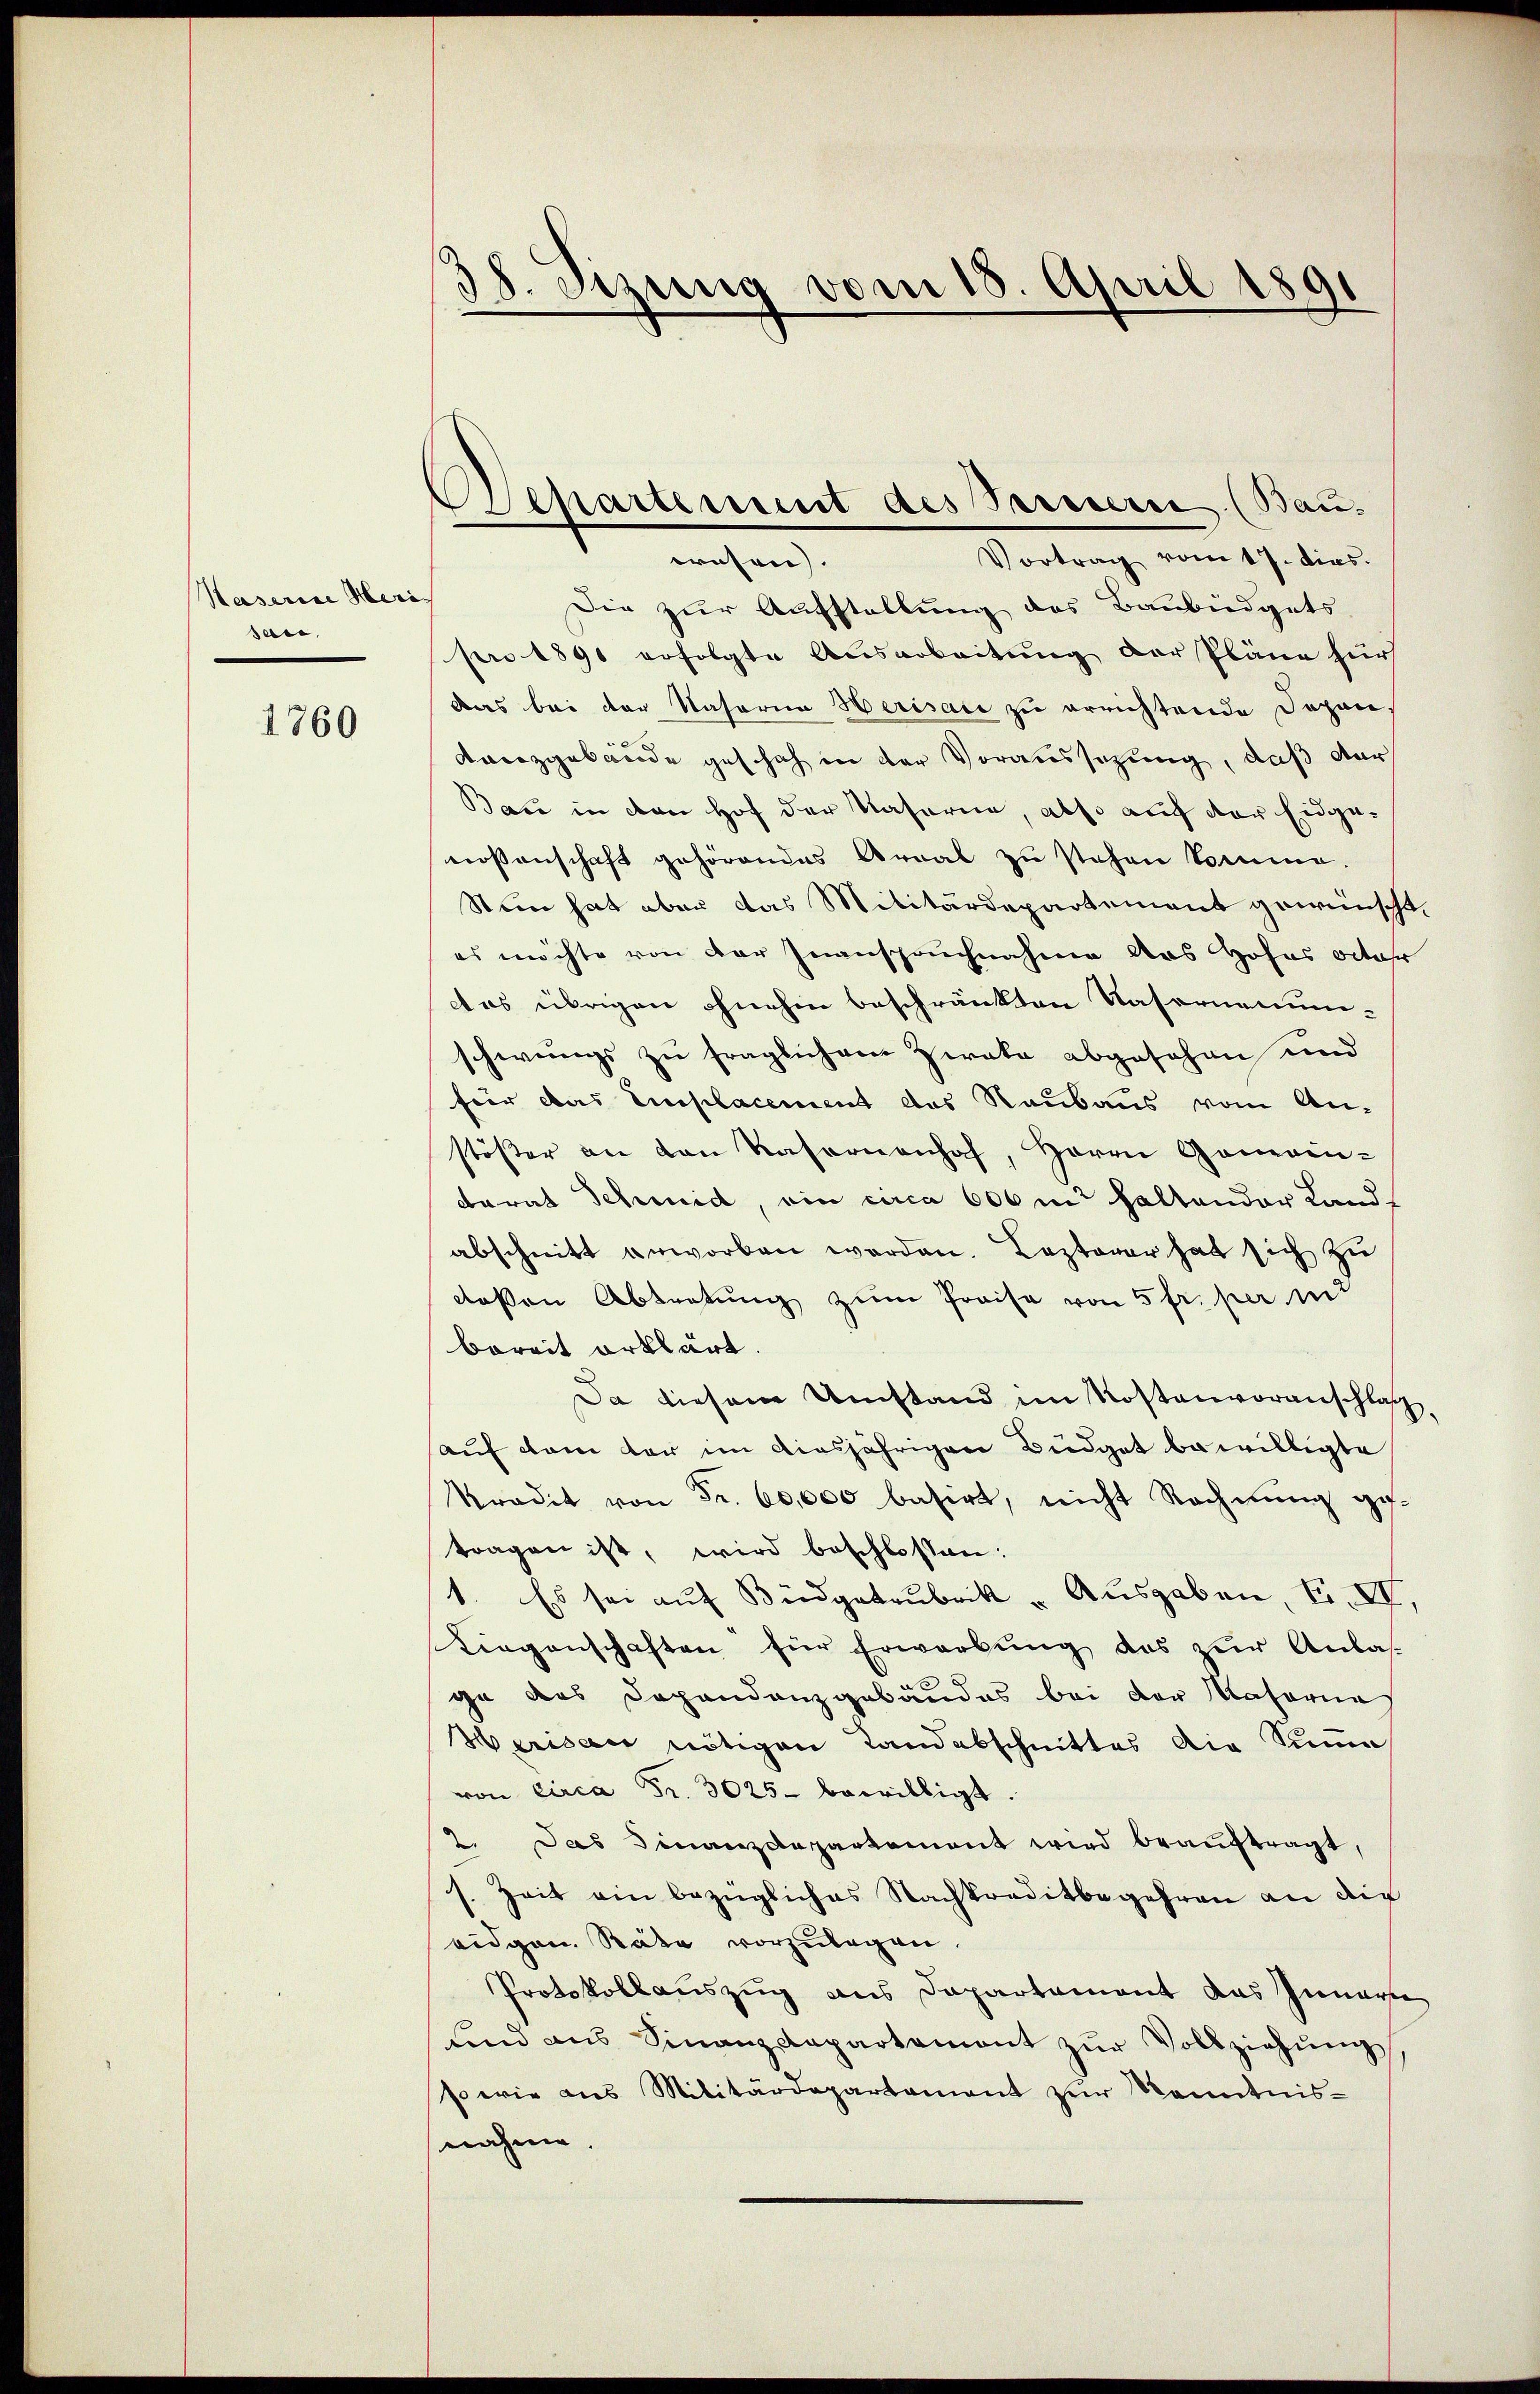
Kaserine Meri
sa,

1760

38. Sizung vom 18. April 1891

Departement des Seinern (Bau-

Vortrag vom 17. dies
wesen. |
Die zur Aufstellung des Baubüdgets
pro 1891 erfolgte Ausarbeitung der Pläne für
das bei der Nasaria Herisaie zu errichtende Dapon
Lanzgebäude geschah in der Voraussetzung, daß dur
Bau in den Hof der Kaserne, also auf der Eidgenossenschaft gehörendes Areal zu stehen komme.
Stein hat aber das Militärdepartement gewünscht.
es möchte von der Inanspruchnahme aus Hofas otahr
das übrigen ohnehin beschränkten Nasernenunschwungs zu fraglichem Zweke abgesehen und
für das Einplacement des Raubaus vom An-
stöβer an den Kasernenhof, Herrn Gomain-
Darat Schmid, ein circa 600 m haltender Land-
abschnitt erworben worden. Lezterer hat sich zu
deßen Abtretung zum Preise von 5 fr. per mit
bereit erklärt.
Da diesem Umstand im Kostenvoranschlas
auf dem der im diesjährigen Büdget bewilligte
kradit von Fr. 60,000 basirt, nicht Rechnung getragen ist, wird beschlossen:
1. Es sei auf Biedgatrubrik „ Ausgaben, Fr. VI.
Liegenschaften für Erwarbŭng des zŭr Anlas
ge des Dogandanzgebäudes bei der Natoria
Herisau nötigen Landabschnittes die Sinne
von Circa Fr. 3025 bewilligt.
2. Das Finanzdepartement wird beaŭftragt,
s. Zeit ein bezügliches Nachkreditbegehren an die
eidgen. Räte vorzulegen.
Protokollauszug aus Dapartament das Innern
sind ans Finanzdepartement zŭr Vollziehŭng
sowie aus Militärdepartament zŭr Kenntnis-
nahme.